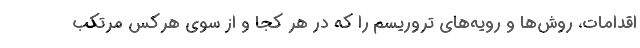
اقدامات، روش‌ها و رویه‌های تروریسم را که در هر کجا و از سوی هرکس مرتکب